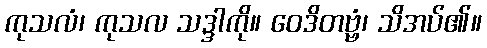
ကုသလံ၊ ကုသလ သဒ္ဒါကို။ ဝေဒိတဗ္ဗံ၊ သိအပ်၏။